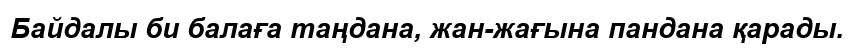
Байдалы би балаға таңдана, жан-жағына пандана қарады.